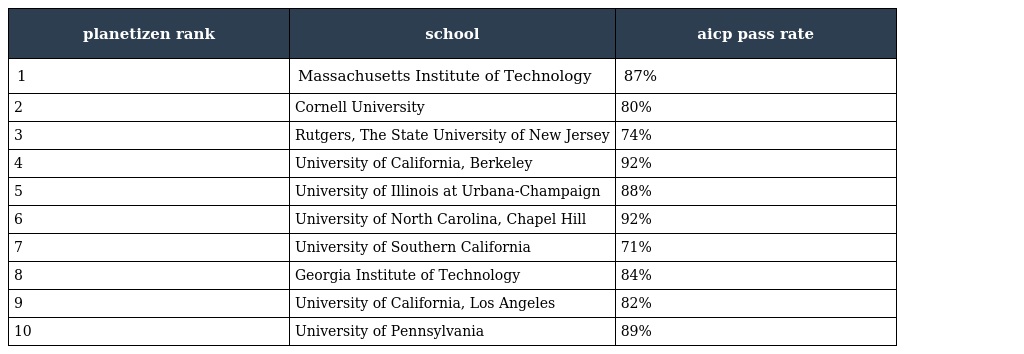
| planetizen rank | school | aicp pass rate |
 | --- | --- | --- |
 | 1 | Massachusetts Institute of Technology | 87% |
 | 2 | Cornell University | 80% |
 | 3 | Rutgers, The State University of New Jersey | 74% |
 | 4 | University of California, Berkeley | 92% |
 | 5 | University of Illinois at Urbana-Champaign | 88% |
 | 6 | University of North Carolina, Chapel Hill | 92% |
 | 7 | University of Southern California | 71% |
 | 8 | Georgia Institute of Technology | 84% |
 | 9 | University of California, Los Angeles | 82% |
 | 10 | University of Pennsylvania | 89% |